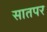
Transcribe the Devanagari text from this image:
सातपर